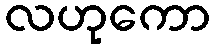
လဟုကော